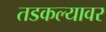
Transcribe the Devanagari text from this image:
तडकल्यावर